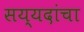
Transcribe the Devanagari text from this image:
सय्यदांचा